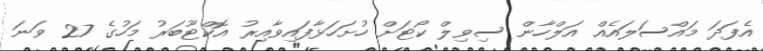
އެފަދަ މައްސަލައެއް އަލްހާން ސިވިލް ކޯޓަށް ހުށަހަޅާފައިވާއިރު އޮކްޓޫބަރު މަހުގެ 27 ވަނަ